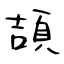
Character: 頡